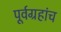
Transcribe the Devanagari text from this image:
पूर्वग्रहांच